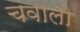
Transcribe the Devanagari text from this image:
चवालो